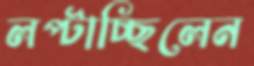
লপ্‌টাচ্ছিলেন